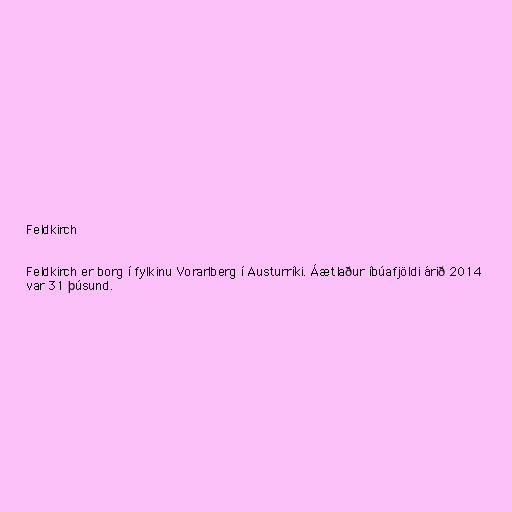
Feldkirch

Feldkirch er borg í fylkinu Vorarlberg í Austurríki. Áætlaður íbúafjöldi árið 2014
var 31 þúsund.